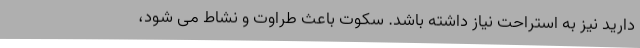
دارید نیز به استراحت نیاز داشته باشد. سکوت باعث طراوت و نشاط می شود،